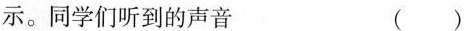
示。同学们听到的声音 ()